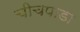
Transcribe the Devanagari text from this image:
चीचपाडा